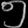
Digit: ၅